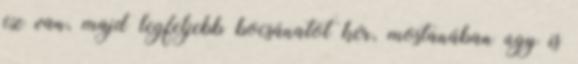
ez van, majd legfeljebb bocsánatot kér, mostanában úgy is